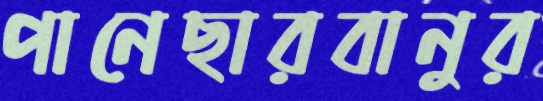
পানেছারবানুর